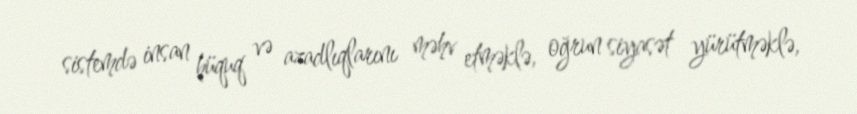
sistemdə insan hüquq və azadlıqlarını məhv etməklə, oğrun siyasət yürütməklə,